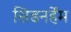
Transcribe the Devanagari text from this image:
सिडनर्हेम